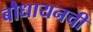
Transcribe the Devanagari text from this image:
बौधायनची